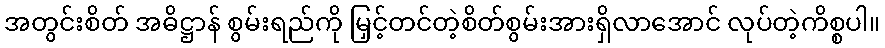
အတွင်းစိတ် အဓိဋ္ဌာန် စွမ်းရည်ကို မြှင့်တင်တဲ့စိတ်စွမ်းအားရှိလာအောင် လုပ်တဲ့ကိစ္စပါ။